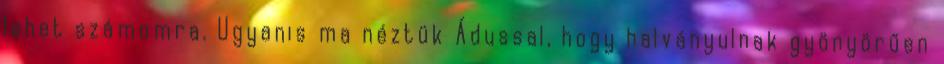
lehet számomra. Ugyanis ma néztük Ádussal, hogy halványulnak gyönyörűen